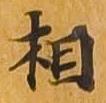
相